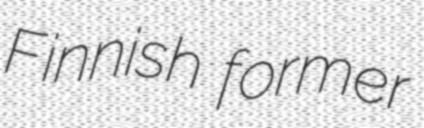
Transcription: Finnish former